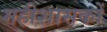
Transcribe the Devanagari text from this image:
महीशासकों